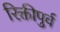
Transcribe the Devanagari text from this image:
रिक्तीपुर्व